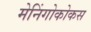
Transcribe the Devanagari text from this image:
मेनिंगोकोकस